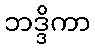
ဘဒ္ဒိကာ